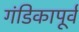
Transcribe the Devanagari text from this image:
गंडिकापूर्व